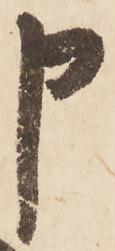
申